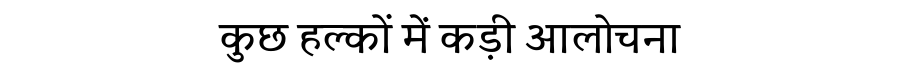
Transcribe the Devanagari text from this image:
कुछ हल्कों में कड़ी आलोचना